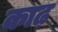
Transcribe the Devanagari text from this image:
काढ़